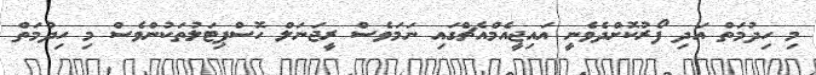
މި ހިދުމަތް އަދި ފޯރުކޮށްދެވެނީ އައިޖީއެމްއެޗްގައި ނަމަވެސް ރީޖަނަލް ހޮސްޕިޓަލުތަކުންވެސް މި ހިދުމަތް